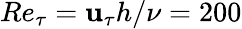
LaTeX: Re_{\tau}=\mathbf{u}_{\tau}h/\nu=200